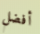
أفضل